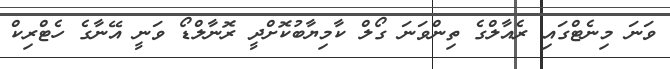
ވަނަ މިނެޓްގައި ރެއާލްގެ ތިންވަނަ ގޯލް ކާމިޔާބުކޮށްދީ ރޮނާލްޑޯ ވަނީ އޭނާގެ ހެޓްރިކް